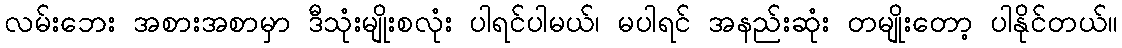
လမ်းဘေး အစားအစာမှာ ဒီသုံးမျိုးစလုံး ပါရင်ပါမယ်၊ မပါရင် အနည်းဆုံး တမျိုးတော့ ပါနိုင်တယ်။